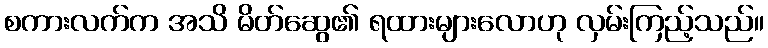
စကားလက်က အသိ မိတ်ဆွေ၏ ရထားများလောဟု လှမ်းကြည့်သည်။